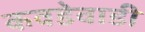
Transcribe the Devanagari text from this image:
कवडेवाडी